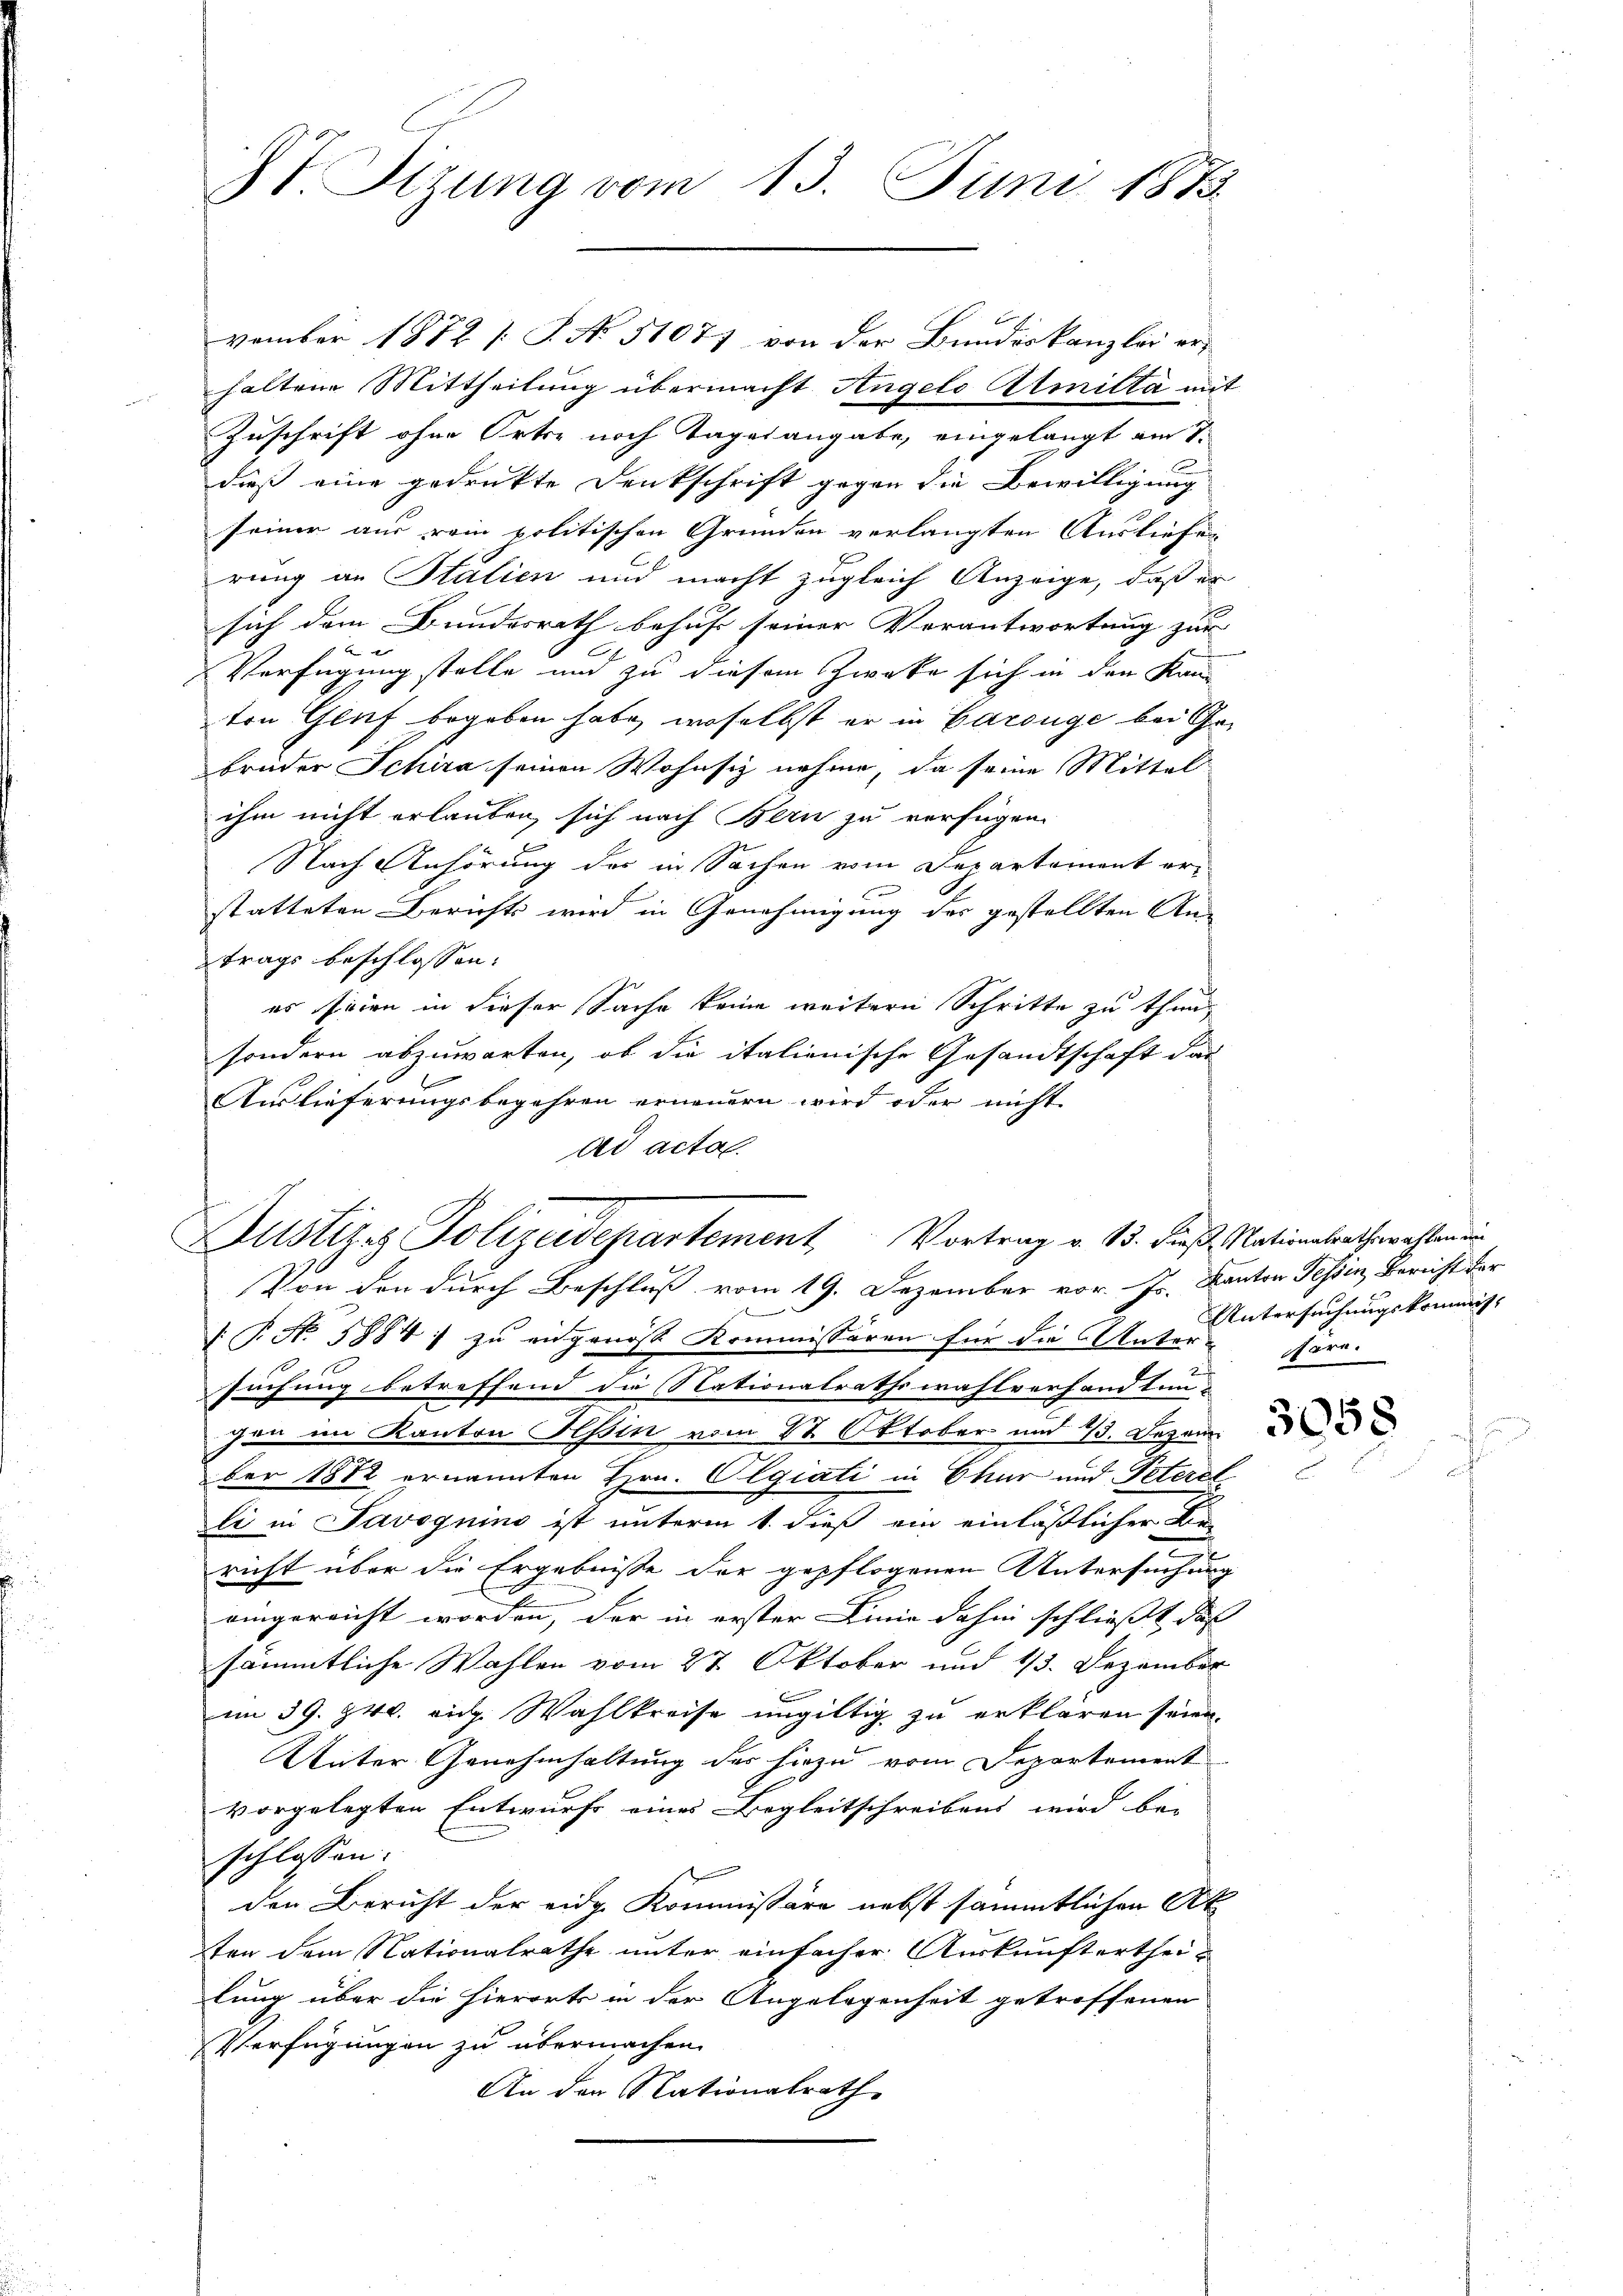
V Sizung vom 13. Juni 1873.

vember 1872 [S. No. 51077 von der Bundeskanzlei er¬
 haltene Mittheilung übermacht Angelo Atmitta mit
Zuschrift ohne Orte noch Tagesangabe, eingelangt am 7.
dieß eine gedrukte Denkschrift gegen die Bewilligung
seiner aus rein politischen Gründen verlangten Ausliefen
rung an Stalien und macht zugleich Anzeige, daß er
sich dem Bundesrath behuf seiner Verantwortung zur |
Verfügung stelle und zu diesem Zweke sich in den Kan
ton Gluf begeben habe, woselbst er in Garsüge bei Gebrüder Schira seinen Wohnsiz nahme, da seine Mittel
ihm nicht erlauben, sich nach Bern zu verfügen.
Nach Anhörung des in Sachen vom Departement er¬
C
statteten Berichts wird in Genehmigung des gestellten An-
trags beschlossen:
es seien in dieser Sache keine weitern Schritte zu thun,
sondern abzuwarten, ob die italienische Gesandtschaft das
Auslieferungsbegehren erneuern wird oder nicht
ad acta
Von den durch Beschluß vom 19. Dezember vor. Js. Kanton Tessin, Bericht der

 P. No. 1884) zu eingenos Kommissären für die Unter-Höre.
suchung betreffend die Nationalrathswahlvorhand tun u
gen im Kanton Hessin vom 17. Oktober und 13. Dezem
ber 1812 ernannten Hrn. Olgiati in Chur und Peterst
li in Savoynino ist unterm 1. dieß ein einläßlicher Kin-
richt über die Ergebnisse der gepflogenen Untersuchung
eingereicht worden, der in erster Linie dahin schliesst das |
sämmtliche Wahlen vom 27. Oktober und 13. Dezember
im 39. 840. eid. Wahlkreise ungültig zu erklären seien.
Unter Genehmhaltung des hiezu vom Departement
vorgelegten Entwurfs eines Begleitschreibens wird be-
schlossen:
t
den Bericht der eidg. Kommissäre nebst sämmtlichen Ak
ten dem Nationalrathe unter einfacher Auskunftertheilung über die hierorts in der Angelegenheit getroffenen
Verfügungen zu übermachen.
An der Nationalrath

Justizez Polizeidepartement, Vortrag v. 13. dieß, Nationalrathswahlen in

Untersuchungskommiss- |